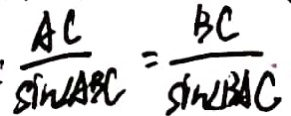
: \frac { A C } { \sin \angle A B C } = \frac { B C } { \sin \angle B A C }